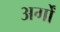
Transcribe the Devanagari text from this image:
अर्गों